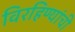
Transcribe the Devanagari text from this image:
विरहिण्यांची